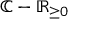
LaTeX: \mathbb { C } - \mathbb { R } _ { \geq 0 }